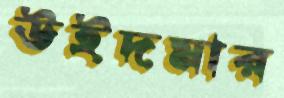
উইদমার